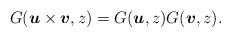
LaTeX: \begin{align*}G(\boldsymbol{u}\times \boldsymbol{v},z)=G(\boldsymbol{u},z)G(\boldsymbol{v},z).\end{align*}